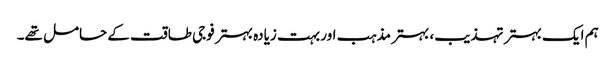
ہم ایک بہتر تہذیب، بہتر مذہب اور بہت زیادہ بہتر فوجی طاقت کے حامل تھے۔